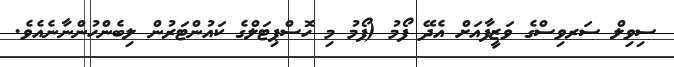
ސިވިލް ސަރވިސްގެ ވަޒީފާއަށް އެދޭ ފޯމު (ފޯމު މި ހޮސްޕިޓަލްގެ ކައުންޓަރުން ލިބެންހުންނާނެއެވެ.